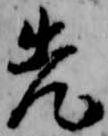
先